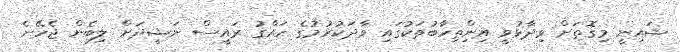
ޝައިނީ މިގޮތަށް ވިދާޅުވީ އިންިތިހާބުތަކުގައި ވާދަކުރުމުގެ ހައްގު ރައީސް ނަޝީދަށް ލިބެން ޖެހޭނެ